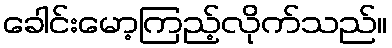
ခေါင်းမော့ကြည့်လိုက်သည်။